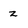
Character: z